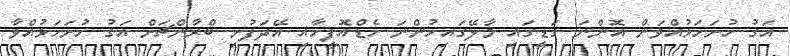
އަގު ހުށަހަޅުއްވަން އޮންނަ ގަޑީގައި މާލޭގައިހުންނަ ހެޑްއޮފީހާއި އޭދަފުށި ބްރާންޗަށް އަގު ހުށަހަޅުއްވާ